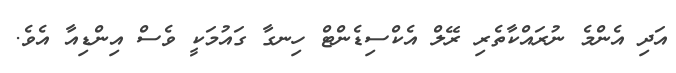
އަދި އެންމެ ނުރައްކާތެރި ރޭލް އެކްސިޑެންޓް ހިނގާ ގައުމަކީ ވެސް އިންޑިއާ އެވެ.